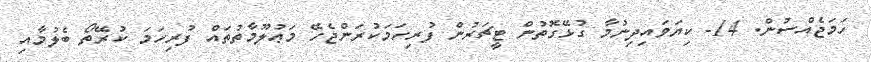
ހަމަޖެއްސުން. 14- ކިޔަވައިދިނުމާ ގުޅޭގޮތުން ޓީޗަރުން ފުރިހަމަކުރަންޖެހޭ މަޢުލޫމާތުތައް ފުރިހަމަ ކުރޭތޯ ބެލުމާއި